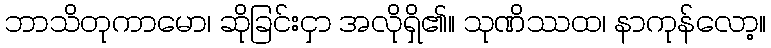
ဘာသိတုကာမော၊ ဆိုခြင်းငှာ အလိုရှိ၏။ သုဏိဿထ၊ နာကုန်လော့။